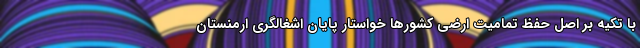
با تکیه بر اصل حفظ تمامیت ارضی کشورها خواستار پایان اشغالگری ارمنستان